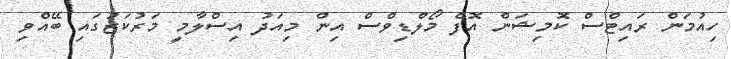
ހިއުމަން ރައިޓްސް ކޮމިޝަން އޮފް މޯލްޑިވްސް އިން މިއަދު އިސްލާމީ މަރުކަޒުގައި ބޭއްވި